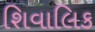
શિવાલિક